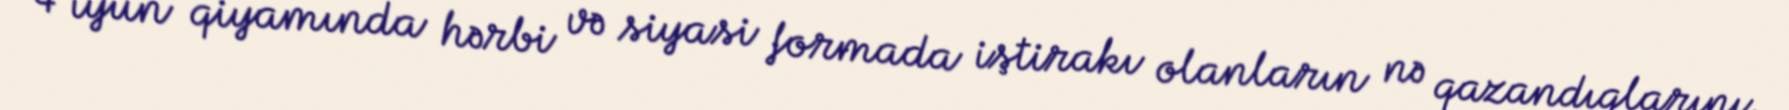
4 iyun qiyamında hərbi və siyasi formada iştirakı olanların nə qazandıqlarını,